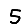
Digit: 5